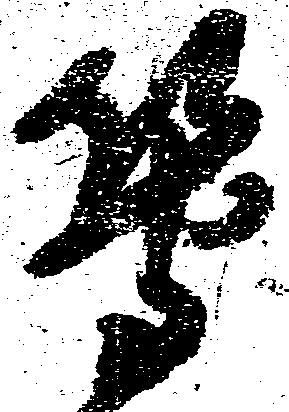
等